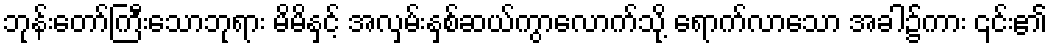
ဘုန်းတော်ကြီးသောဘုရား မိမိနှင့် အလှမ်းနှစ်ဆယ်ကွာလောက်သို့ ရောက်လာသော အခါ၌ကား ၎င်း၏